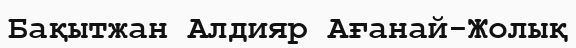
Бақытжан Алдияр Ағанай-Жолық